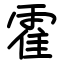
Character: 霍